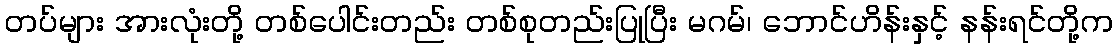
တပ်များ အားလုံးတို့ တစ်ပေါင်းတည်း တစ်စုတည်းပြုပြီး မဂမ်၊ ဘောင်ဟိန်းနှင့် နန်းရင်တို့က